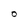
Character: O